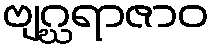
ဗျဂ္ဃရာဇာဝ